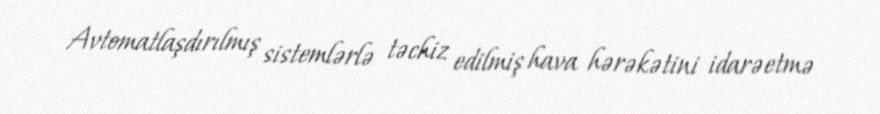
Avtomatlaşdırılmış sistemlərlə təchiz edilmiş hava hərəkətini idarəetmə